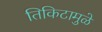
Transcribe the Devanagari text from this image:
तिकिटामुळे